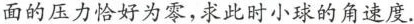
面的压力恰好为零，求此时小球的角速度。